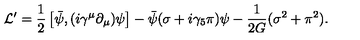
{ \cal L } ^ { \prime } = \frac { 1 } { 2 } \left[ \bar { \psi } , ( i \gamma ^ { \mu } \partial _ { \mu } ) \psi \right] - \bar { \psi } ( \sigma + i \gamma _ { 5 } \pi ) \psi - \frac { 1 } { 2 G } ( \sigma ^ { 2 } + \pi ^ { 2 } ) .